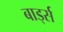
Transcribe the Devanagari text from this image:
बार्ड्स